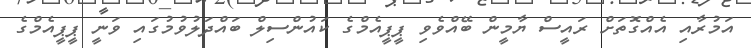
އަމުރާއި އެއްގޮތަށް ރައީސް ޔާމީން ބޭއްވެވި ޕީޕީއެމްގެ ކައުންސިލް ބައްދަލުވުމުގައި ވަނީ ޕީޕީއެމްގެ